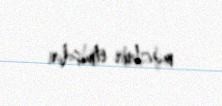
məcbur etmişdir.